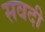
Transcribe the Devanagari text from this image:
सवदी